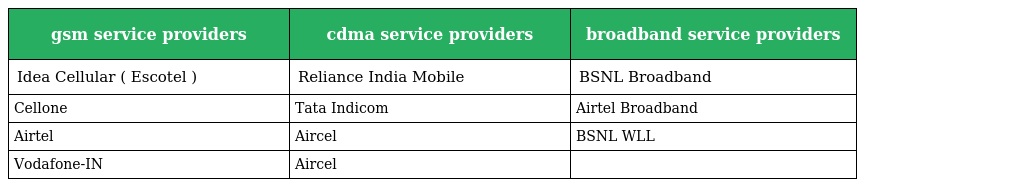
| gsm service providers | cdma service providers | broadband service providers |
 | --- | --- | --- |
 | Idea Cellular ( Escotel ) | Reliance India Mobile | BSNL Broadband |
 | Cellone | Tata Indicom | Airtel Broadband |
 | Airtel | Aircel | BSNL WLL |
 | Vodafone-IN | Aircel |  |